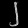
Digit: ၂